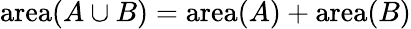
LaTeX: \operatorname{area}(A\cup B)=\operatorname{area}(A)+\operatorname{area}(B)